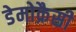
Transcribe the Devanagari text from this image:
डेमोक्रैसी